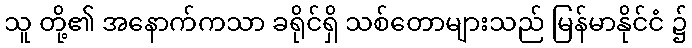
သူ တို့၏ အနောက်ကသာ ခရိုင်ရှိ သစ်တောများသည် မြန်မာနိုင်ငံ ၌